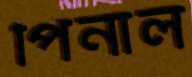
পিনাল